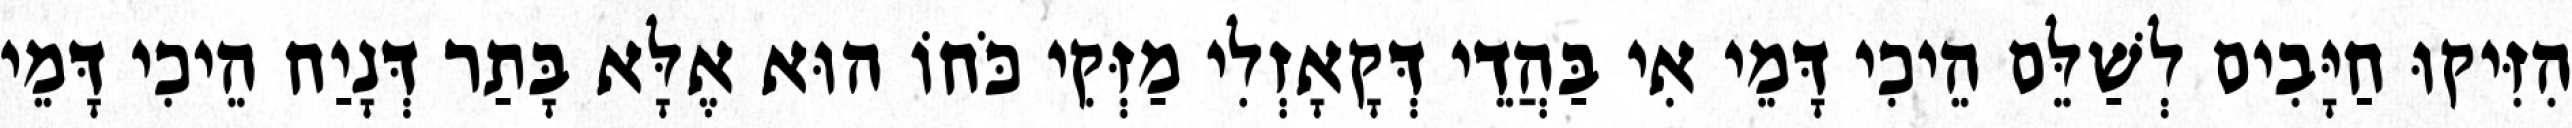
הִזִּיקוּ חַיָּבִים לְשַׁלֵּם הֵיכִי דָּמֵי אִי בַּהֲדֵי דְּקָאָזְלִי מַזְּקִי כֹּחוֹ הוּא אֶלָּא בָּתַר דְּנָיַח הֵיכִי דָּמֵי